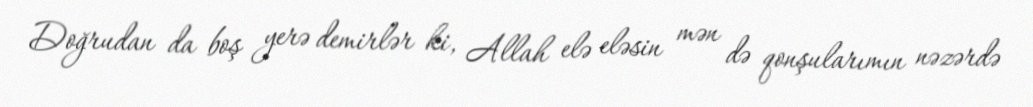
Doğrudan da boş yerə demirlər ki, Allah elə eləsin mən də qonşularımın nəzərdə